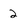
Character: 2